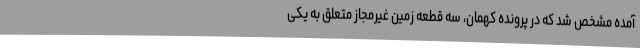
آمده مشخص شد که در پرونده کهمان، سه قطعه زمین غیرمجاز متعلق به یکی